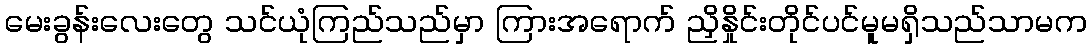
မေးခွန်းလေးတွေ သင်ယုံကြည်သည်မှာ ကြားအရောက် ညှိနှိုင်းတိုင်ပင်မူမရှိသည်သာမက